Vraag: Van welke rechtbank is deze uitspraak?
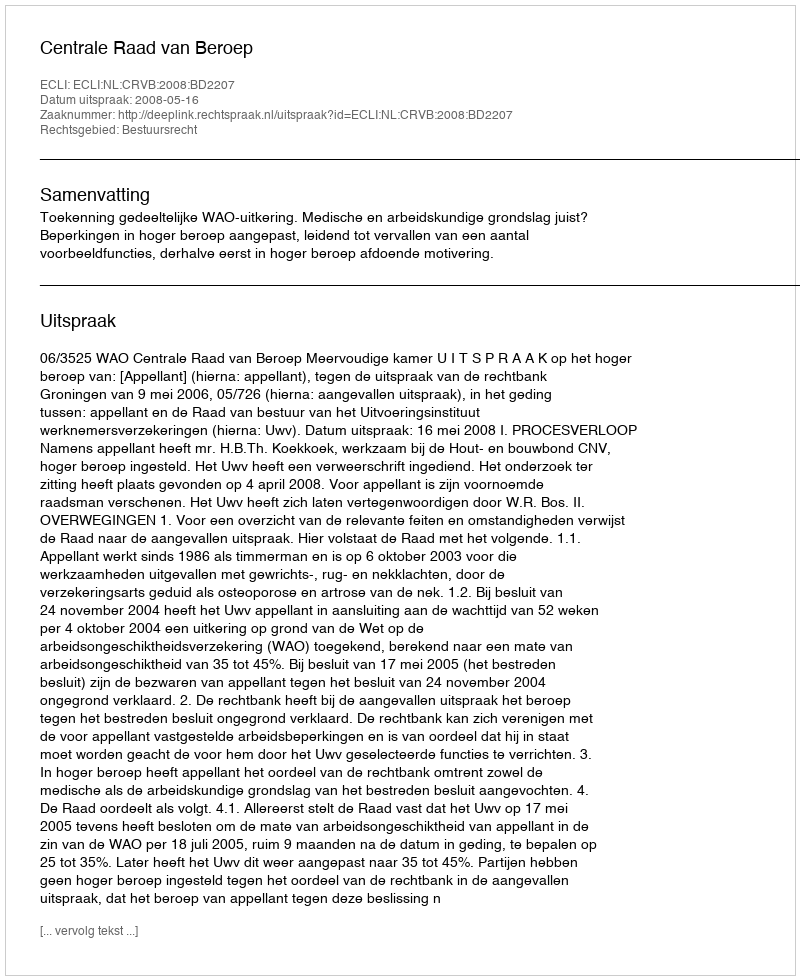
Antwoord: Centrale Raad van Beroep